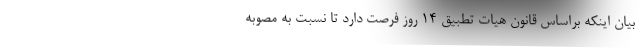
بیان اینکه براساس قانون هیات تطبیق 14 روز فرصت دارد تا نسبت به مصوبه